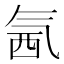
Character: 氥